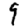
Digit: 9